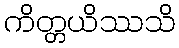
ကိတ္တယိဿသိ